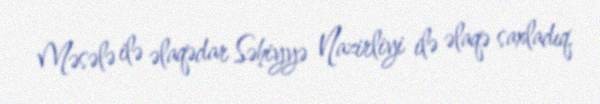
Məsələ ilə əlaqədar Səhiyyə Nazirliyi ilə əlaqə saxladıq.